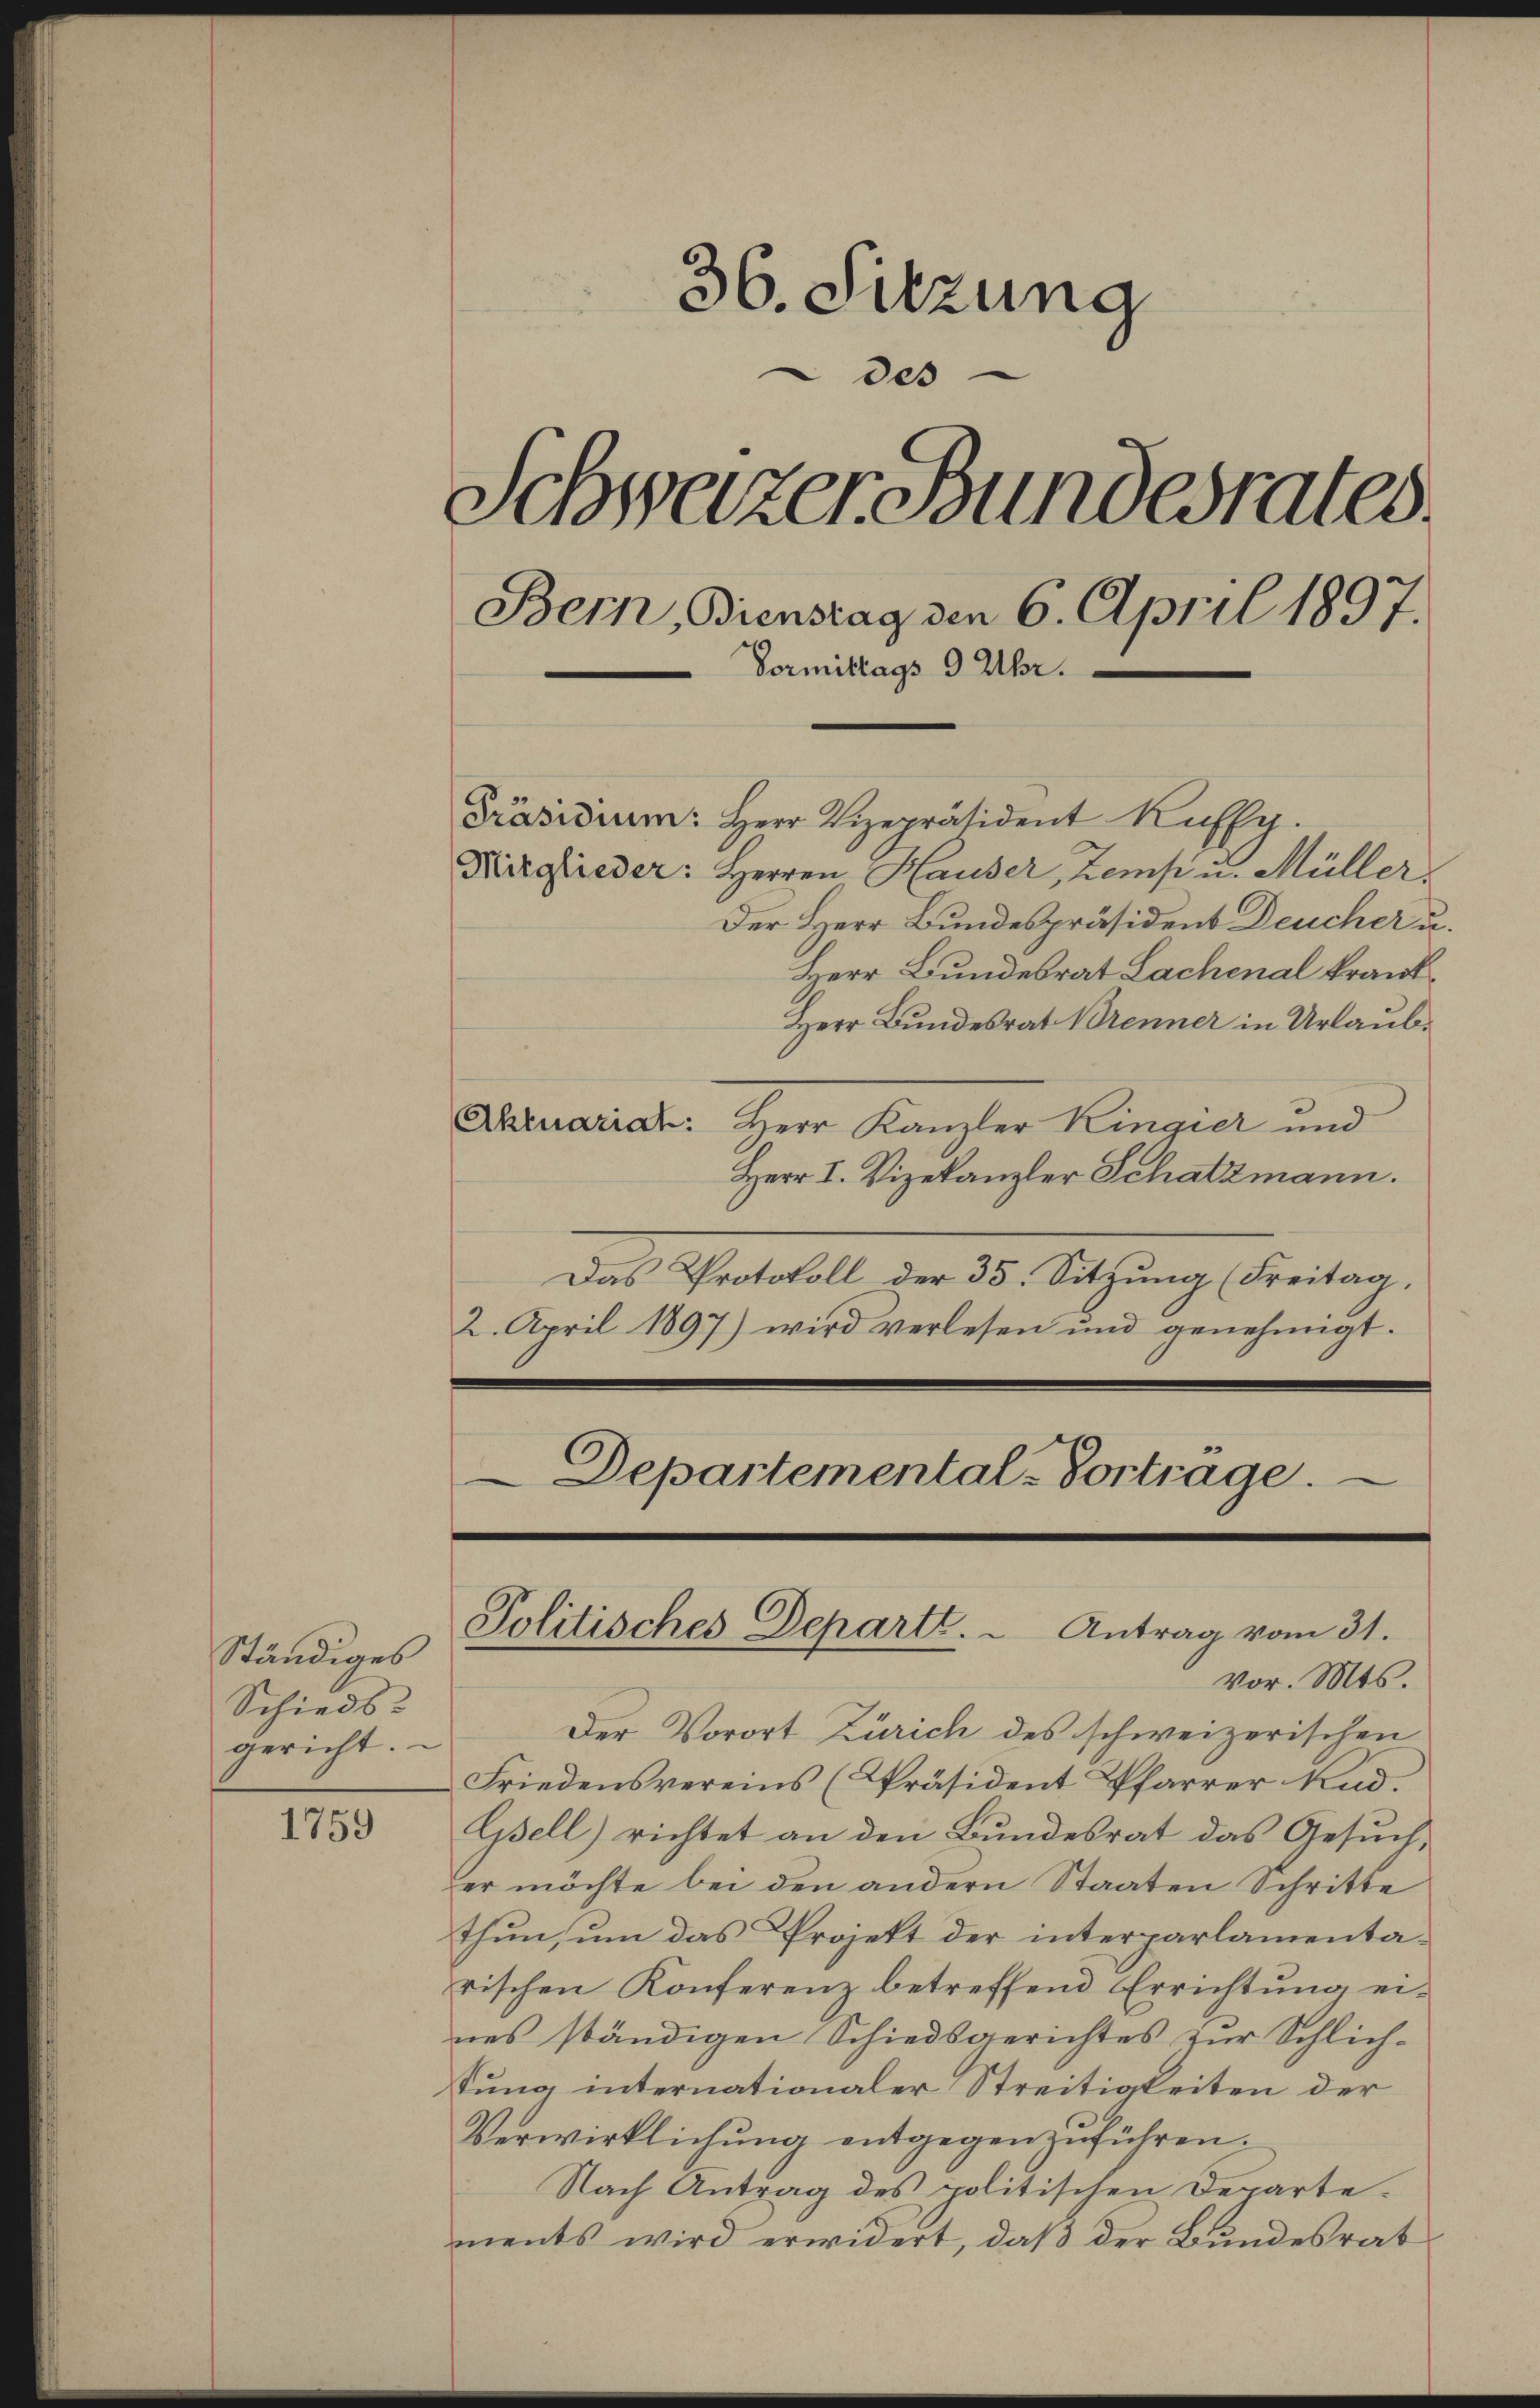
Ständiges
Schieds-
gericht.

36. Sitzung
des
Schweizer Bundesrates.
Bern, Bienstag den 6. April 1897.
Vormittags 9 Uhr.
Präsidium: Herr Vizepräsident Kuffe.
Ritglieder: Herren Hauser, Zemp u. Müller.
Der Herr Bundespräsident Deucher u.
Herr Bundesrat Lachenal krank¬

1759

Herr Bundesrat Brenner in Urlaub¬
Aktuariat: Herr Kanzler Kingier und
Herr I. Vizekanzler Schatzmann.
Das Protokoll der 35. Sitzung (Freitag,
2. April 1897) wird verlesen und genehmigt.
Departemental-Vortrage.

Politisches Departe. - Antrag vom 31.
vor. Mts.

Der Vorort Zürich des schweizerischen
Friedensvereins (Präsident Pfarrer Rud.
Gsell) richtet an den Bundesrat das Gesuch,
er möchte bei den andern Staaten Schritte
thun, um das Projekt der interparlamentarischen Konferenz betreffend Errichtŭng ei-
nes ständigen Schiedsgerichtes zur Schlich-
tung internationaler Streitigkeiten der
Verwirklichung entgegen zwühren.
Nach Antrag des politischen Departements wird erwidert, daß der Bundesrat